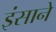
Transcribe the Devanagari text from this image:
इंसाने